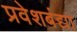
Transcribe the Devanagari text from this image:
प्रवेशबंद्या